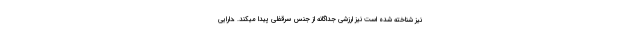
نیز شناخته شده است نیز ارزشی جداگانه از جنس سرقفلی پیدا میکند. ،دارایی